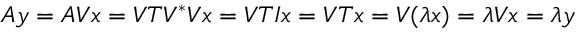
A y = A V x = V T V ^ { * } V x = V T I x = V T x = V ( \lambda x ) = \lambda V x = \lambda y